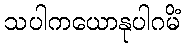
သပါကယောနုပါဂမိံ